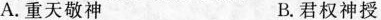
A.重天敬神 B.君权神授